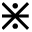
\divideontimes